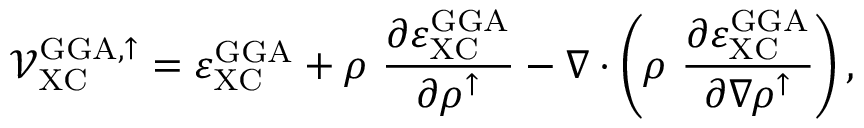
\mathcal { V } _ { \mathrm { X C } } ^ { \mathrm { G G A , \uparrow } } = \varepsilon _ { \mathrm { X C } } ^ { \mathrm { G G A } } + \rho \ \frac { \partial \varepsilon _ { \mathrm { X C } } ^ { \mathrm { G G A } } } { \partial \rho ^ { \uparrow } } - \nabla \cdot \left( \rho \ \frac { \partial \varepsilon _ { \mathrm { X C } } ^ { \mathrm { G G A } } } { \partial \nabla \rho ^ { \uparrow } } \right) ,